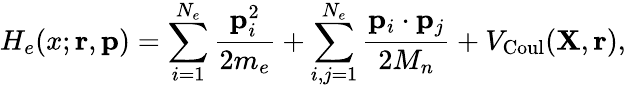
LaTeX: H_{e}(x;{\mathbf{r}},{\mathbf{p}})=\sum_{i=1}^{N_{e}}\frac{{\mathbf{p}}_{i}^{2}}{2m_{e}}+\sum_{i,j=1}^{N_{e}}\frac{{\mathbf{p}}_{i}\cdot{\mathbf{p}}_{j}}{2M_{n}}+V_{\mathrm{Coul}}({\mathbf{X}},{\mathbf{r}}),